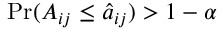
\mathrm { P r } ( A _ { i j } \leq \hat { a } _ { i j } ) > 1 - \alpha